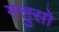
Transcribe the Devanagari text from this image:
गत्तुसो